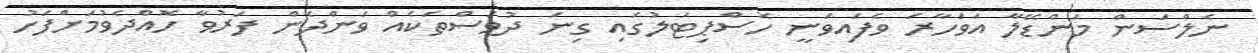
ނެލްސަން މަންޑޭލާ އަވަހާރަ ވެފައިވަނީ ހޮސްޕިޓަލުގައި ގިނަ ދުވަސްތަކެއް ވަންދެން ފަރުވާ ހޮއްދެވުމަށްފަހު